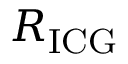
R _ { \mathrm { I C G } }